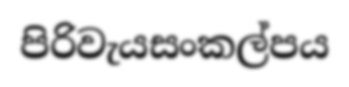
පිරිවැයසංකල්පය